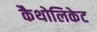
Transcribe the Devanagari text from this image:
कैथोलिकेट